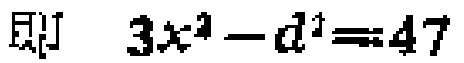
即 \(3x^{2}-d^{2}=47\)